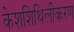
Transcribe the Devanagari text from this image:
केशशिथिलीकरण